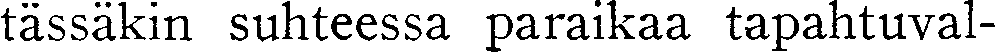
tässäkin suhteessa paraikaa tapahtuval-